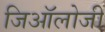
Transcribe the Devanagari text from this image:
जिऑलोजी